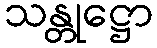
သန္တုဋ္ဌော